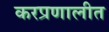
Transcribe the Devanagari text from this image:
करप्रणालीत